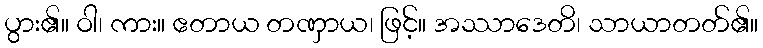
ပွား၏။ ဝါ၊ ကား။ ဧတာယ တဏှာယ၊ ဖြင့်။ အဿာဒေတိ၊ သာယာတတ်၏။